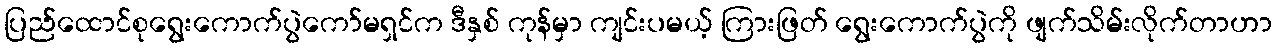
ပြည်ထောင်စုရွေးကောက်ပွဲကော်မရှင်က ဒီနှစ် ကုန်မှာ ကျင်းပမယ့် ကြားဖြတ် ရွေးကောက်ပွဲကို ဖျက်သိမ်းလိုက်တာဟာ